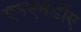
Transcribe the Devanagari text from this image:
एमएमडीए